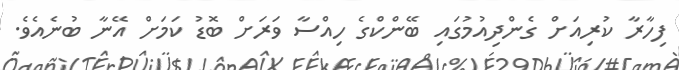
ފިހާރާ ކުރިއަށް ގެންދިއުމުގައި ބޭންކްގެ ހިއްސާ ވަރަށް ބޮޑު ކަމަށް އޭނާ ބުނެއެވެ.